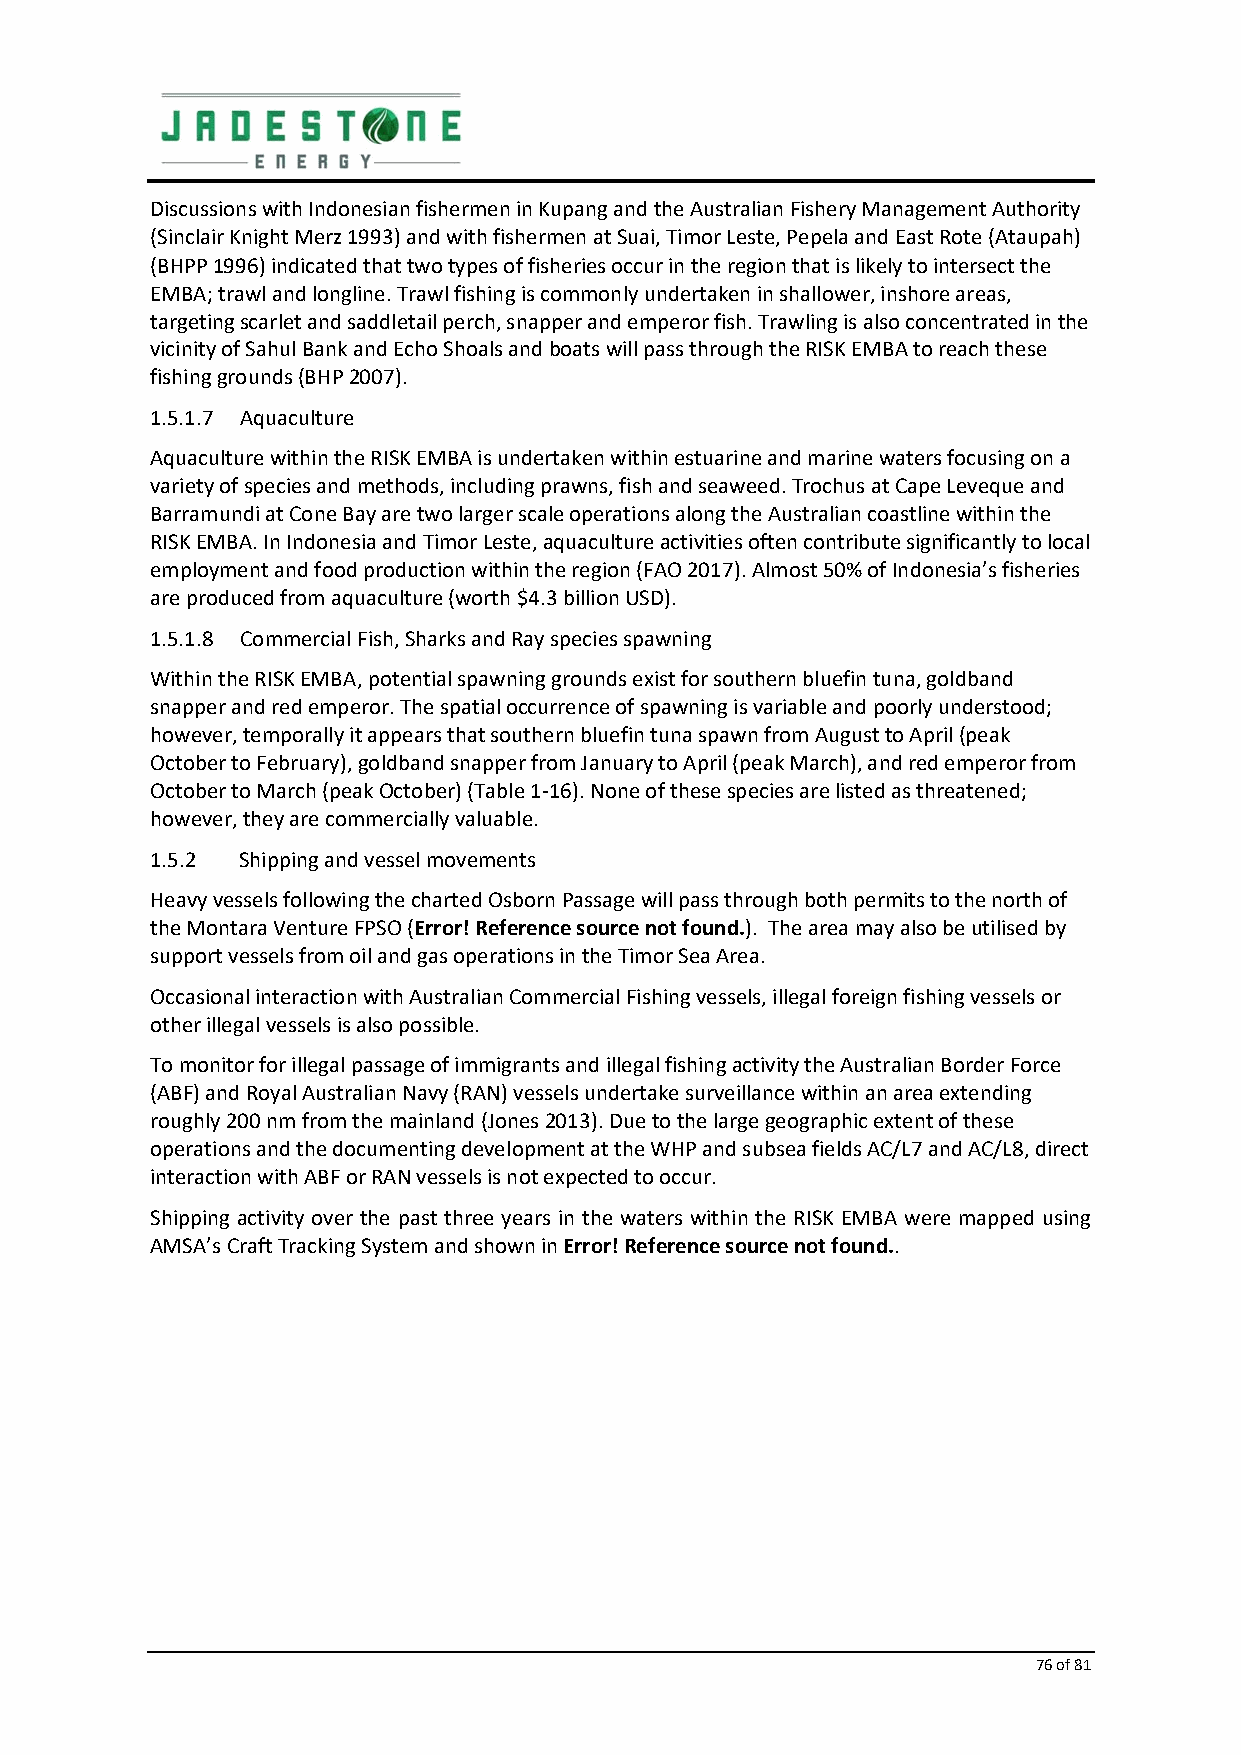
Discussions with Indonesian fishermen in Kupang and the Australian Fishery Management Authority
 (Sinclair Knight Merz 1993) and with fishermen at Suai, Timor Leste, Pepela and East Rote (Ataupah)
 (BHPP 1996) indicated that two types of fisheries occur in the region that is likely to intersect the
 EMBA; trawl and longline. Trawl fishing is commonly undertaken in shallower, inshore areas,
 targeting scarlet and saddletail perch, snapper and emperor fish. Trawling is also concentrated in the
 vicinity of Sahul Bank and Echo Shoals and boats will pass through the RISK EMBA to reach these
 fishing grounds (BHP 2007).
 1.5.1.7 Aquaculture
 Aquaculture within the RISK EMBA is undertaken within estuarine and marine waters focusing on a
 variety of species and methods, including prawns, fish and seaweed. Trochus at Cape Leveque and
 Barramundi at Cone Bay are two larger scale operations along the Australian coastline within the
 RISK EMBA. In Indonesia and Timor Leste, aquaculture activities often contribute significantly to local
 employment and food production within the region (FAO 2017). Almost 50% of Indonesia’s fisheries
 are produced from aquaculture (worth $4.3 billion USD).
 1.5.1.8 Commercial Fish, Sharks and Ray species spawning
 Within the RISK EMBA, potential spawning grounds exist for southern bluefin tuna, goldband
 snapper and red emperor. The spatial occurrence of spawning is variable and poorly understood;
 however, temporally it appears that southern bluefin tuna spawn from August to April (peak
 October to February), goldband snapper from January to April (peak March), and red emperor from
 October to March (peak October) (Table 1‐16). None of these species are listed as threatened;
 however, they are commercially valuable.
 1.5.2 Shipping and vessel movements
 Heavy vessels following the charted Osborn Passage will pass through both permits to the north of
 the Montara Venture FPSO (Error! Reference source not found.). The area may also be utilised by
 support vessels from oil and gas operations in the Timor Sea Area.
 Occasional interaction with Australian Commercial Fishing vessels, illegal foreign fishing vessels or
 other illegal vessels is also possible.
 To monitor for illegal passage of immigrants and illegal fishing activity the Australian Border Force
 (ABF) and Royal Australian Navy (RAN) vessels undertake surveillance within an area extending
 roughly 200 nm from the mainland (Jones 2013). Due to the large geographic extent of these
 operations and the documenting development at the WHP and subsea fields AC/L7 and AC/L8, direct
 interaction with ABF or RAN vessels is not expected to occur.
 Shipping activity over the past three years in the waters within the RISK EMBA were mapped using
 AMSA’s Craft Tracking System and shown in Error! Reference source not found..
 76 of 81